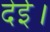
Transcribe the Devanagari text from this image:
देई।